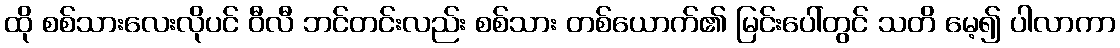
ထို စစ်သားလေးလိုပင် ဝီလီ ဘင်တင်းလည်း စစ်သား တစ်ယောက်၏ မြင်းပေါ်တွင် သတိ မေ့၍ ပါလာကာ